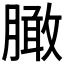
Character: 𰯔